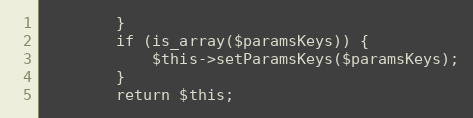
Language: PHP
        }
        if (is_array($paramsKeys)) {
            $this->setParamsKeys($paramsKeys);
        }
        return $this;